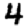
Digit: 4